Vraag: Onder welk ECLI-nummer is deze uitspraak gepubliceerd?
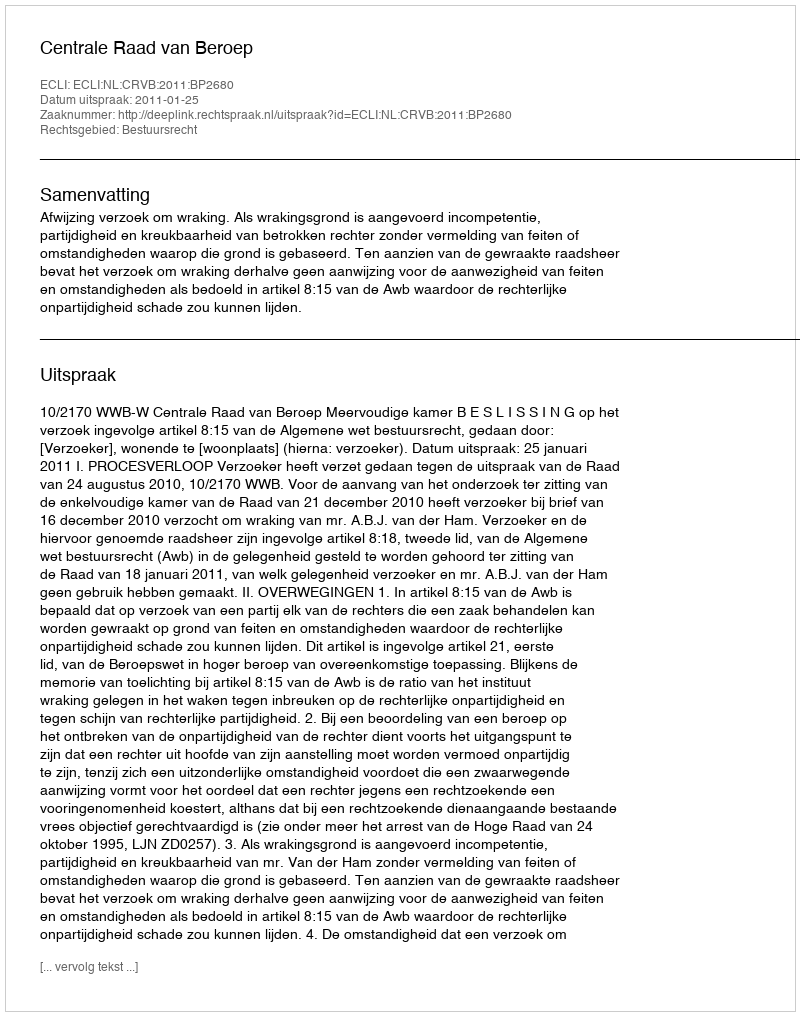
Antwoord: ECLI:NL:CRVB:2011:BP2680